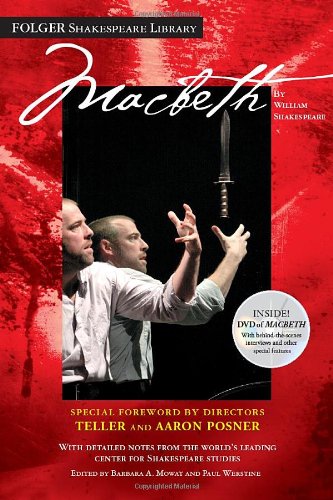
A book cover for Macbeth: The DVD Edition (Folger Shakespeare Library); William Shakespeare; Literature & Fiction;